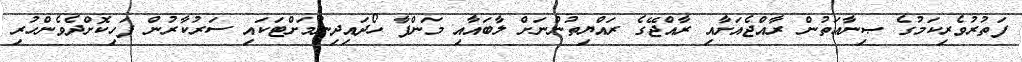
ފަތުރުވެރިކަމުގެ ޞިނާޢަތުން ރާއްޖެއަށާއި ރާއްޖޭގެ ރައްޔިތުންނަށް ލާބައާއި މަންފާ ހޯދައިދިނުމަށްޓަކައި ސަރުކާރުން ފަހިކޮށްދެވެންހުރި